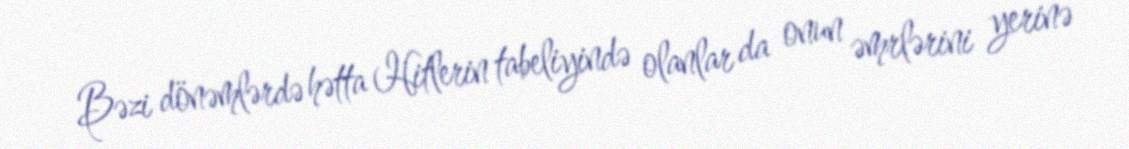
Bəzi dönəmlərdə hətta Hitlerin tabeliyində olanlar da onun əmrlərini yerinə